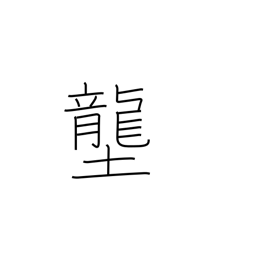
Meaning: rice field dike